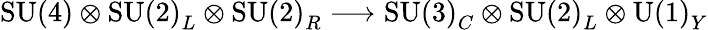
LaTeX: \mathrm{SU(4)}\otimes\mathrm{SU(2)}_{L}\otimes\mathrm{SU(2)}_{R}\longrightarrow\mathrm{SU(3)}_{C}\otimes\mathrm{SU(2)}_{L}\otimes\mathrm{U(1)}_{Y}